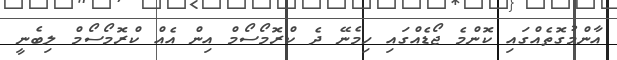
އާންމުގޮތެއްގައި ކޮންމެ ޖޯޑެއްގައި ހިމެނޭ ދެ ކްރޮމޯސޯމް އިން އެއް ކްރޮމޯސޯމް ލިބެނީ